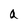
Character: a